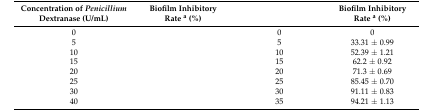
<table><thead><tr><td><b>Concentration of <i>Penicillium</i> Dextranase (U/mL)</b></td><td><b>Biofilm Inhibitory Rate <sup>a</sup> (%)</b></td><td>[EMPTY_CELL]</td><td><b>Biofilm Inhibitory Rate <sup>a</sup> (%)</b></td></tr></thead><tbody><tr><td>0</td><td>[EMPTY_CELL]</td><td>0</td><td>0</td></tr><tr><td>5</td><td>[EMPTY_CELL]</td><td>5</td><td>33.31 ± 0.99</td></tr><tr><td>10</td><td>[EMPTY_CELL]</td><td>10</td><td>52.39 ± 1.21</td></tr><tr><td>15</td><td>[EMPTY_CELL]</td><td>15</td><td>62.2 ± 0.92</td></tr><tr><td>20</td><td>[EMPTY_CELL]</td><td>20</td><td>71.3 ± 0.69</td></tr><tr><td>25</td><td>[EMPTY_CELL]</td><td>25</td><td>85.45 ± 0.70</td></tr><tr><td>30</td><td>[EMPTY_CELL]</td><td>30</td><td>91.11 ± 0.83</td></tr><tr><td>40</td><td>[EMPTY_CELL]</td><td>35</td><td>94.21 ± 1.13</td></tr></tbody></table>